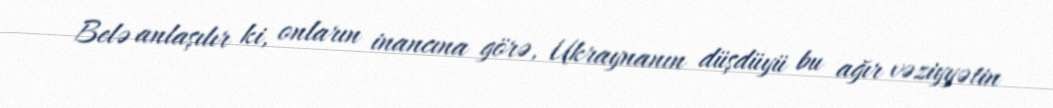
Belə anlaşılır ki, onların inancına görə, Ukraynanın düşdüyü bu ağır vəziyyətin